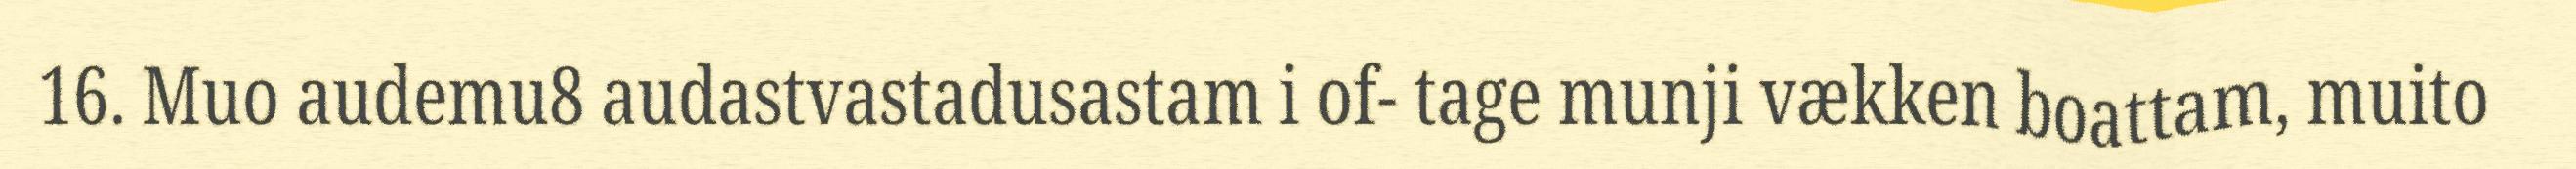
16. Muo audemu8 audastvastadusastam i of- tage munji vækken boattam, muito